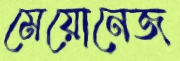
মেয়োনেজ